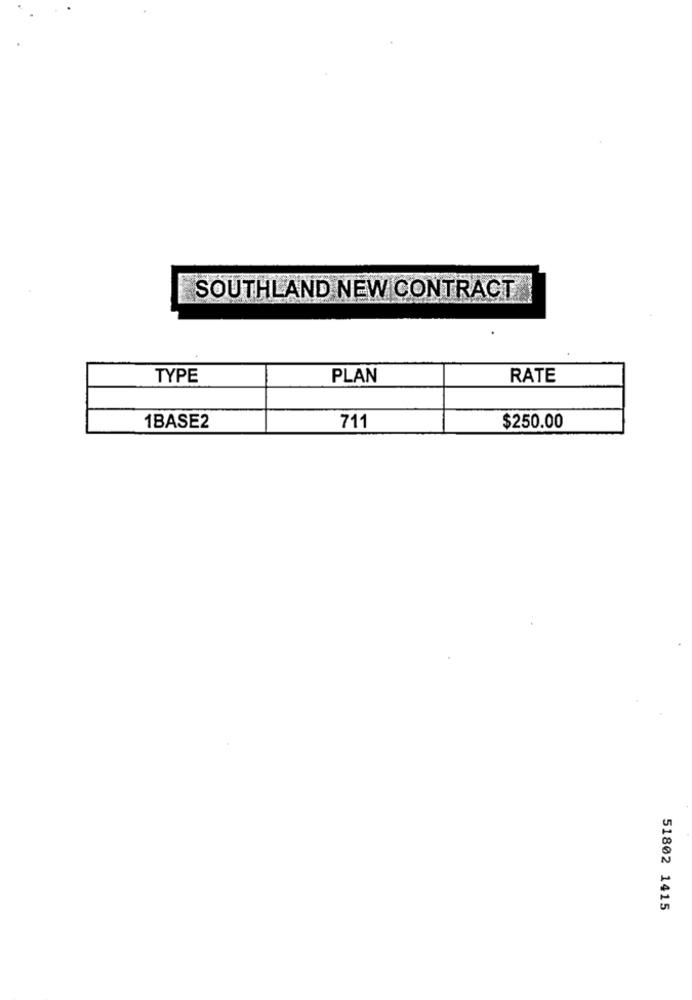
SOUTHLAND NEW CONTRACT
TYPE
PLAN
RATE
1BASE2
711
$250.00
51802 1415